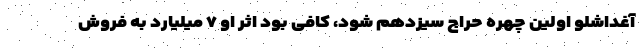
آغداشلو اولین چهره حراج سیزدهم شود، کافی بود اثر او ۷ میلیارد به فروش